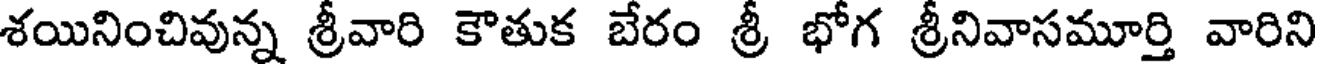
శయినించివున్న శ్రీవారి కౌతుక బేరం శ్రీ భోగ శ్రీనివాసమూర్తి వారిని